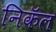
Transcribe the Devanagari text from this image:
निकॅल